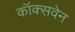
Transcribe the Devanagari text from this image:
कॉक्सवेन